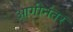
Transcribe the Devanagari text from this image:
आगीनंतर